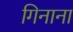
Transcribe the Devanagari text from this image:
गिनाना